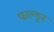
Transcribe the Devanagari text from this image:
फाल्‍गुन